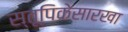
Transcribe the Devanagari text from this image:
स्तूपिकेसारखा